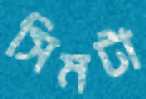
সিমটা